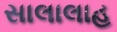
સાલાલાહ